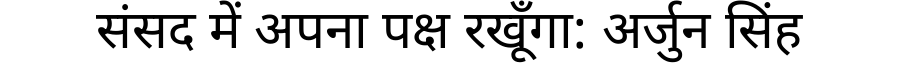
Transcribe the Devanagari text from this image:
संसद में अपना पक्ष रखूँगा: अर्जुन सिंह